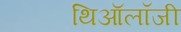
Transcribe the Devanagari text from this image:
थिऑलॉजी